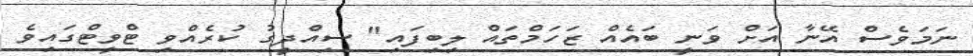
ނަމަވެސް އޭނާ އަށް ވަނީ ބައެއް ޒަހަމްތައް ލިބިފައި" ސިއްދީގު ކުރެއްވި ޓްވީޓްގައިވެ